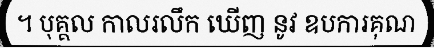
។ បុគ្គល កាលរលឹក ឃើញ នូវ ឧបការគុណ